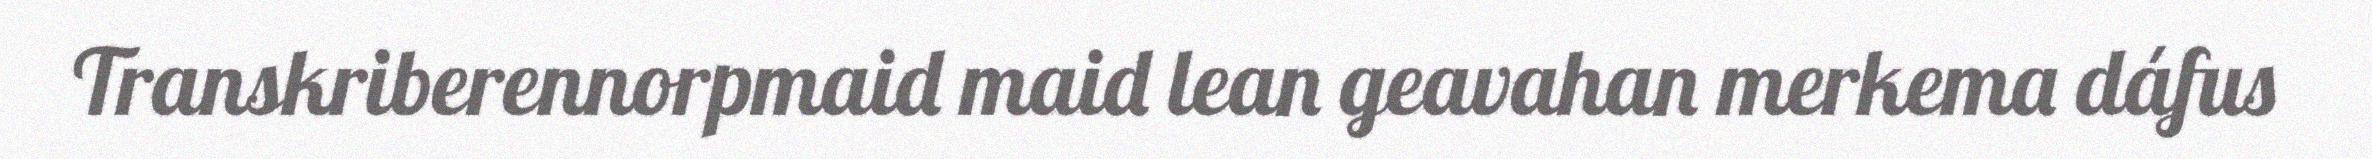
Transkriberennorpmaid maid lean geavahan merkema dáfus